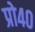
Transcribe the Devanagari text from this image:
प्रो४०